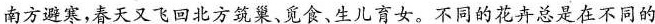
南方避寒，春天又飞回北方筑巢、觅食、生儿育女。不同的花卉总是在不同的